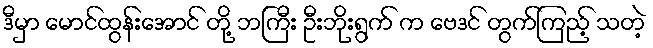
ဒီမှာ မောင်ထွန်းအောင် တို့ ဘကြီး ဦးဘိုးရွက် က ဗေဒင် တွက်ကြည့် သတဲ့